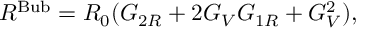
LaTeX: R ^ { \mathrm { B u b } } = R _ { 0 } ( G _ { 2 R } + 2 G _ { V } G _ { 1 R } + G _ { V } ^ { 2 } ) ,